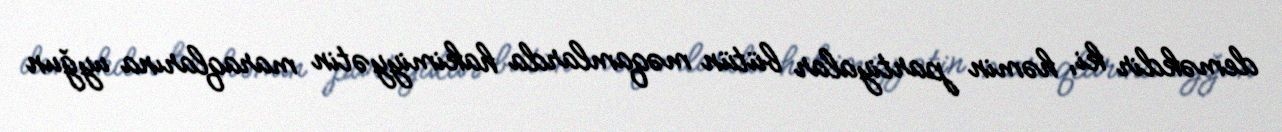
deməkdir ki, həmin partiyalar bütün məqamlarda hakimiyyətin maraqlarına uyğun